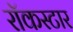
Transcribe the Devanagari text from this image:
रॉकस्‍टार